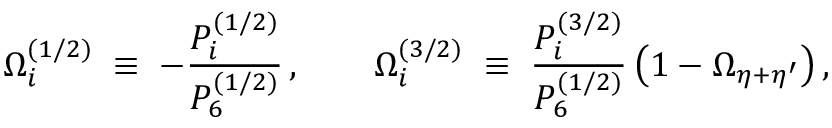
\Omega _ { i } ^ { ( 1 / 2 ) } \; \equiv \; - \frac { P _ { i } ^ { ( 1 / 2 ) } } { P _ { 6 } ^ { ( 1 / 2 ) } } \, , \qquad \Omega _ { i } ^ { ( 3 / 2 ) } \; \equiv \; \frac { P _ { i } ^ { ( 3 / 2 ) } } { P _ { 6 } ^ { ( 1 / 2 ) } } \, \big ( 1 - \Omega _ { \eta + \eta ^ { \prime } } \big ) \, ,